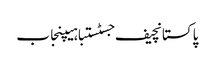
پاکستانچیف جسٹستباہیپنجاب